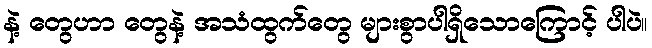
နဲ့ တွေဟာ တွေနဲ့ အသံထွက်တွေ များစွာပါရှိသောကြောင့် ပါပဲ။